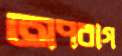
অপরাগ